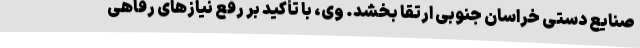
صنایع دستی خراسان جنوبی ارتقا بخشد. وی، با تأکید بر رفع نیازهای رفاهی